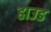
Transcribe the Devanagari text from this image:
हाउड